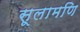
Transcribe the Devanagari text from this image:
सूलामणि